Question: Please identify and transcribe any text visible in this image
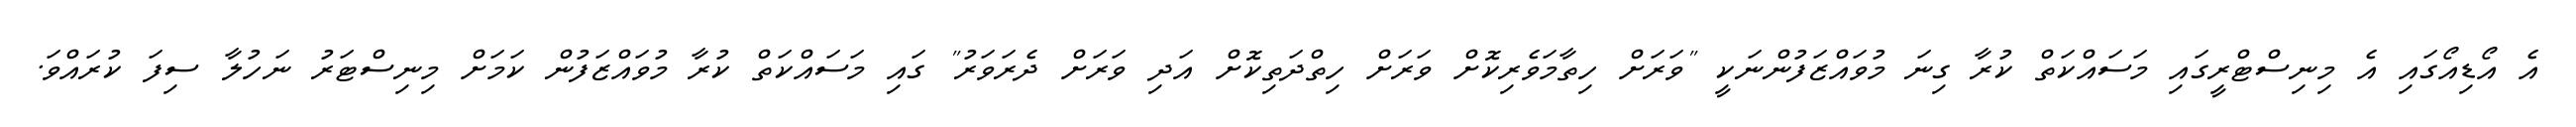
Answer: އެ އޯޑިއޯގައި އެ މިނިސްޓްރީގައި މަސައްކަތް ކުރާ ގިނަ މުވައްޒަފުންނަކީ "ވަރަށް ހިތާމަވެރިކޮށް ވަރަށް ހިތްދަތިކޮށް އަދި ވަރަށް ދެރަވަރު" ގައި މަސައްކަތް ކުރާ މުވައްޒަފުން ކަމަށް މިނިސްޓަރު ނަހުލާ ސިފަ ކުރައްވަ.